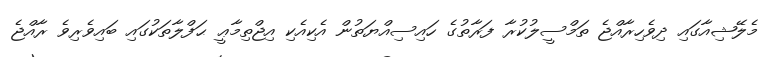
މެލޭޝިއާގައި ދިވެހިރާއްޖެ ތަމްސީލުކުރާ ފަރާތުގެ ހައިސިއްޔަތުން އެކިއެކި އިޖްތިމާޢީ ޙަފްލާތަކުގައި ބައިވެރިވެ ރާއްޖެ